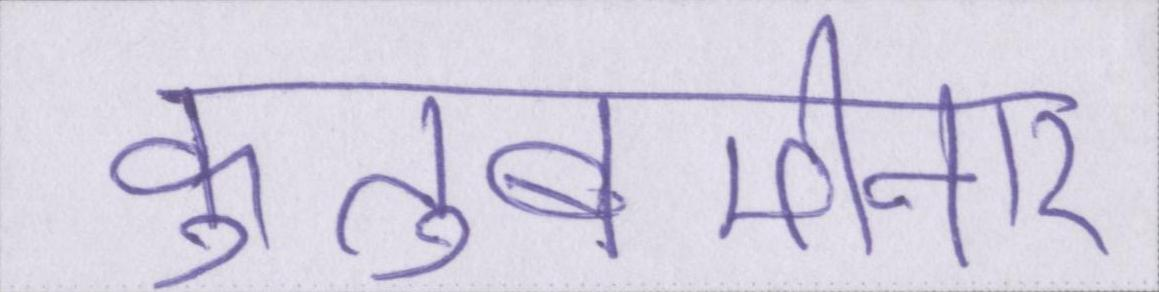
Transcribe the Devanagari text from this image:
कुतुबमीनार